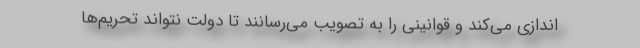
اندازی می‌کند و قوانینی را به تصویب می‌رسانند تا دولت نتواند تحریم‌ها